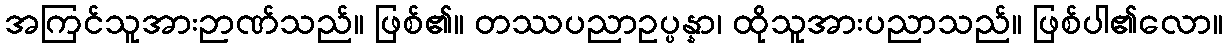
အကြင်သူအားဉာဏ်သည်။ ဖြစ်၏။ တဿပညာဥပ္ပန္နာ၊ ထိုသူအားပညာသည်။ ဖြစ်ပါ၏လော။